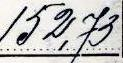
152,73